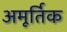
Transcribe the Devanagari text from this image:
अमूर्तिक